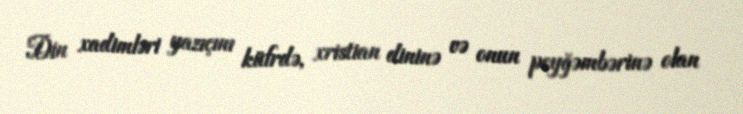
Din xadimləri yazıçını küfrdə, xristian dininə və onun peyğəmbərinə olan